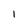
Character: 1